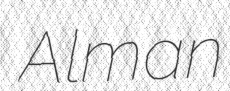
Alman